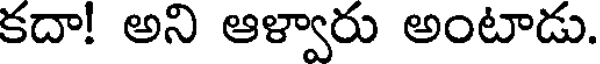
కదా! అని ఆళ్వారు అంటాడు.